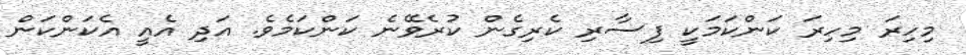
މިހިރަ މިހިރަ ކަންކަމަކީ ފިސާރި ކެރިގެން ކުރެވޭނެ ކަންކަމެވެ. އަދި އެއީ އެކަންކަން